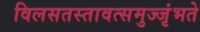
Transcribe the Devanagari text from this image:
विलसतस्तावत्समुज्जृंभते